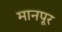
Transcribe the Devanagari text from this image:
मानपूर